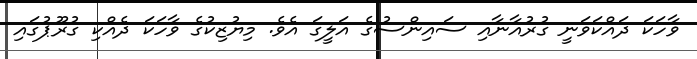
ވާހަކަ ދައްކަވަނީ ގުރުއާނާއި ސައިންސުގެ އަލީގަ އެވެ. މިޔުޒިކުގެ ވާހަކަ ދެއްކި ގުރޫޕުގައި